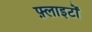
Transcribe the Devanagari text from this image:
फ़्लाइटों